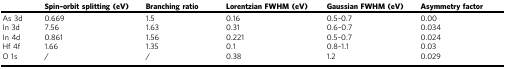
|  | Spin–orbit splitting (eV) | Branching ratio | Lorentzian FWHM (eV) | Gaussian FWHM (eV) | Asymmetry factor |
 | --- | --- | --- | --- | --- | --- |
 | As 3d | 0.669 | 1.5 | 0.16 | 0.5–0.7 | 0.00 |
 | In 3d | 7.56 | 1.63 | 0.31 | 0.6–0.7 | 0.034 |
 | In 4d | 0.861 | 1.56 | 0.221 | 0.5–0.7 | 0.024 |
 | Hf 4f | 1.66 | 1.35 | 0.1 | 0.8–1.1 | 0.03 |
 | O 1s | / | / | 0.38 | 1.2 | 0.029 |